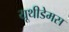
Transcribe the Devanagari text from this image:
यूथीडेमस